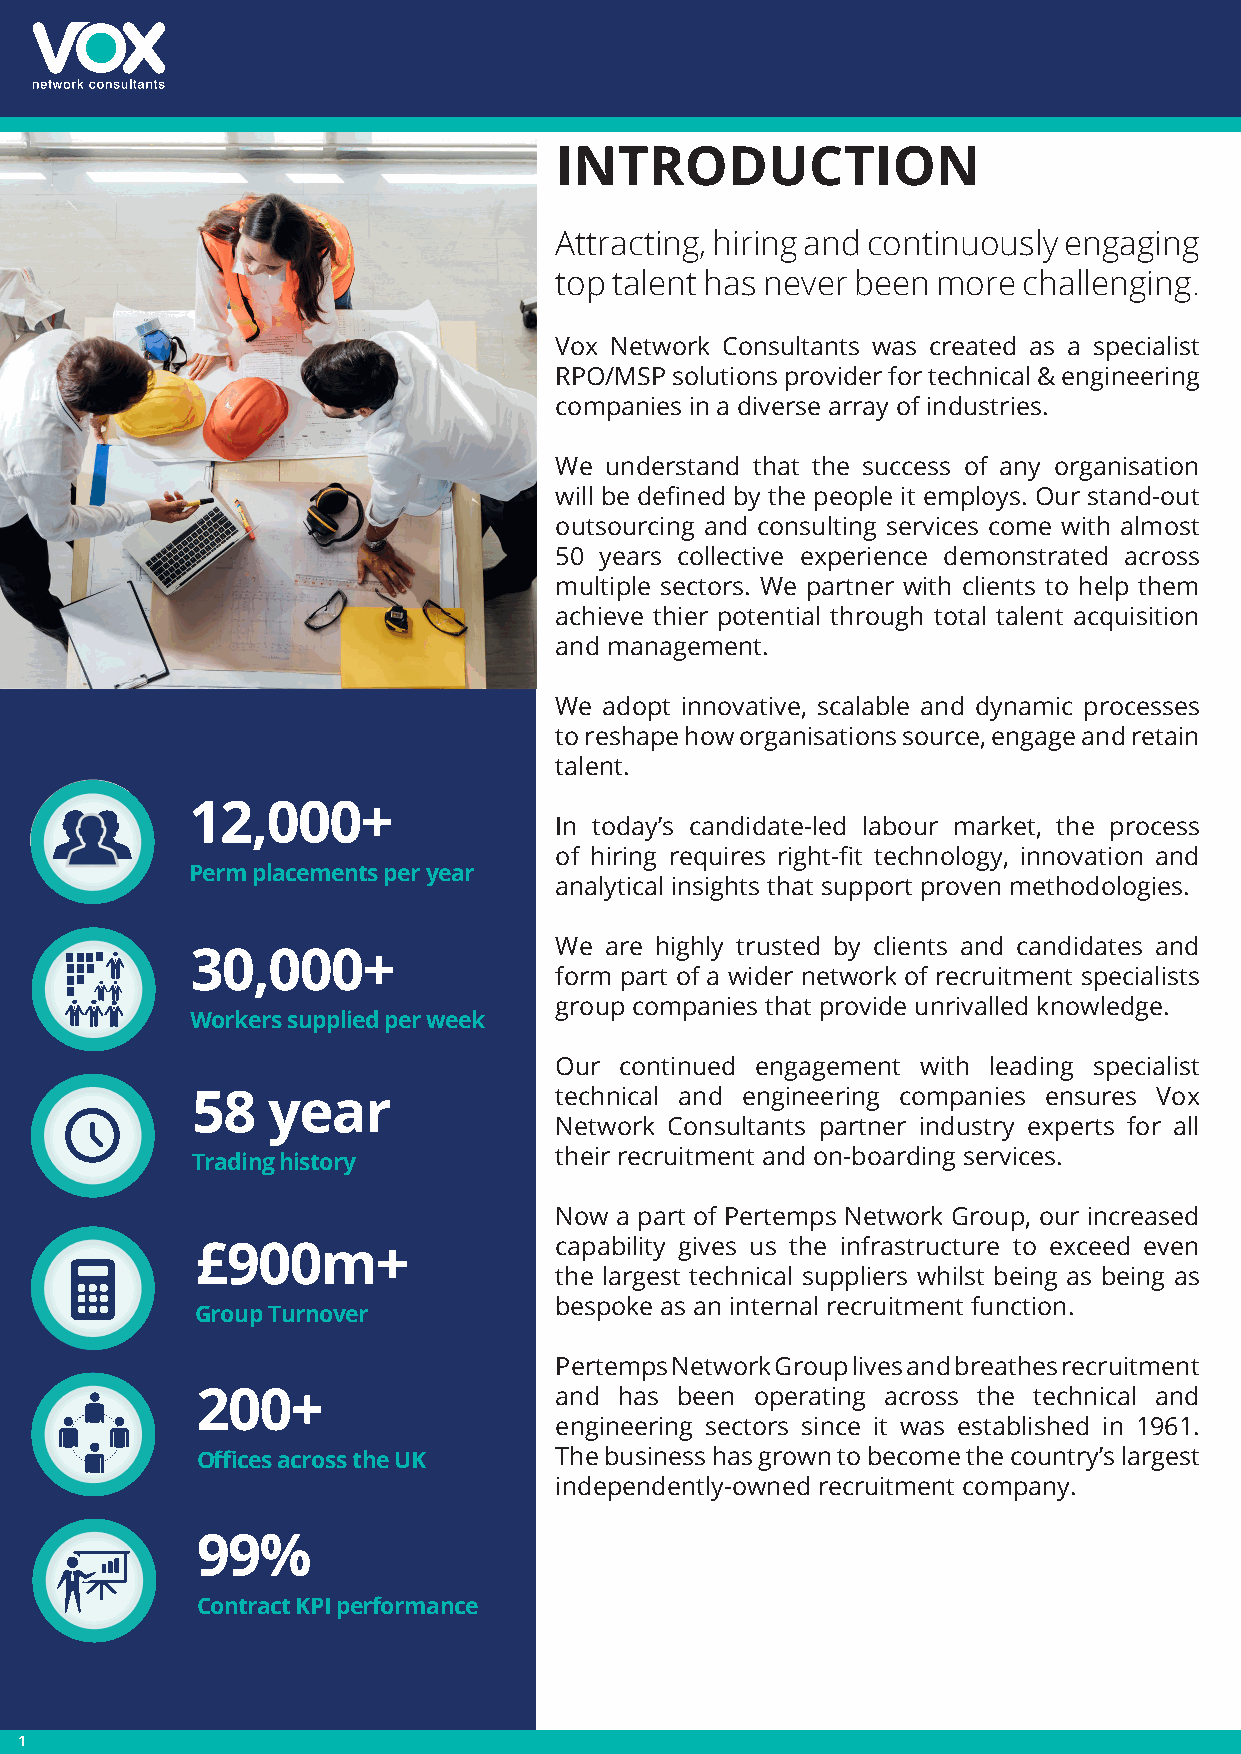
INTRODUCTION
 Attracting, hiring and continuously engaging
 top talent has never been more challenging.
 Vox Network Consultants was created as a specialist
 RPO/MSP solutions provider for technical & engineering
 companies in a diverse array of industries.
 We understand that the success of any organisation
 will be defined by the people it employs. Our stand-out
 outsourcing and consulting services come with almost
 50 years collective experience demonstrated across
 multiple sectors. We partner with clients to help them
 achieve thier potential through total talent acquisition
 and management.
 We adopt innovative, scalable and dynamic processes
 to reshape how organisations source, engage and retain
 talent.
 12,000+
 In today’s candidate-led labour market, the process
 of hiring requires right-fit technology, innovation and
 Perm placements per year
 analytical insights that support proven methodologies.
 We are highly trusted by clients and candidates and
 30,000+
 form part of a wider network of recruitment specialists
 group companies that provide unrivalled knowledge.
 Workers supplied per week
 Our continued engagement with leading specialist
 58   year               technical and engineering companies ensures Vox
 Network Consultants partner industry experts for all
 their recruitment and on-boarding services.
 Trading history
 Now a part of Pertemps Network Group, our increased
 capability gives us the infrastructure to exceed even
 £900m+
 the largest technical suppliers whilst being as being as
 bespoke as an internal recruitment function.
 Group Turnover
 Pertemps Network Group lives and breathes recruitment
 200+                    and has been operating across the technical and
 engineering sectors since it was established in 1961.
 Offices across the UK   The business has grown to become the country’s largest
 independently-owned recruitment company.
 99%
 Contract KPI performance
 1